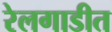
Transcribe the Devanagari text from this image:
रेलगाडीत